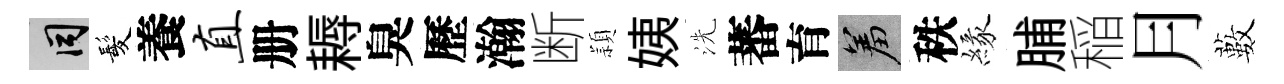
间髪養直册耨臭歷瀚断頴姨洗蕃育羞秩緣脯稲月藪